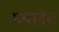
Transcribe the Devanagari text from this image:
घ्यावेत़